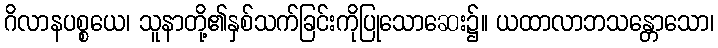
ဂိလာနပစ္စယေ၊ သူနာတို့၏နှစ်သက်ခြင်းကိုပြုသောဆေး၌။ ယထာလာဘသန္တောသော၊